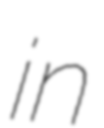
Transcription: in